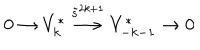
LaTeX: 0 \rightarrow V _ { k } ^ { * } \stackrel { \tilde { s } ^ { 2 k + 1 } } { \longrightarrow } V _ { - k - 1 } ^ { * } \rightarrow 0